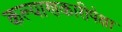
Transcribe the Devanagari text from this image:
कल्याणकारीपेक्षा